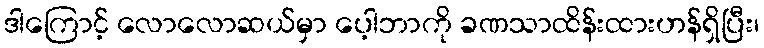
ဒါကြောင့် လောလောဆယ်မှာ ပေ့ါဘာကို ခဏသာထိန်းထားဟန်ရှိပြီး၊